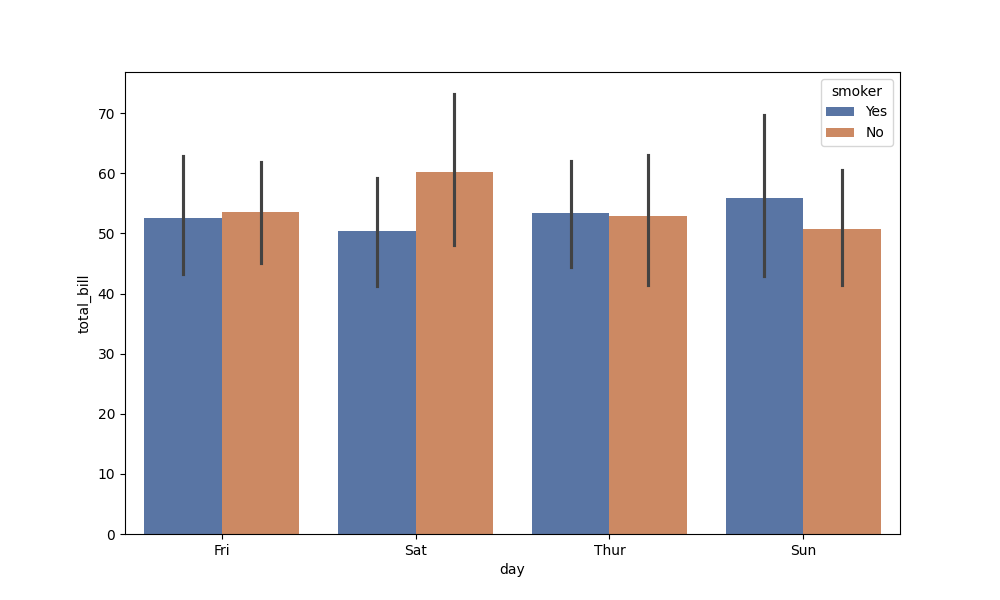
python, seaborn, barplot, hue='smoker', palette='deep', ci=95, orient='v'